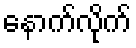
နောက်လိုက်